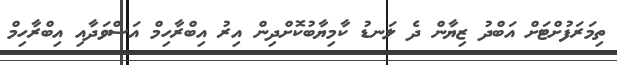
ތިމަރަފުށްޓަށް އަބްދު ޒިޔާން ދެ ލަނޑު ކާމިޔާބުކޮށްދިން އިރު އިބްރާހިމް އަސްވަދާއި އިބްރާހިމް